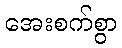
အေးစက်စွာ